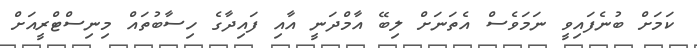
ކަމަށް ބުނެފައިވީ ނަމަވެސް އެތަނަށް ލިބޭ އާމްދަނީ އާއި ފައިދާގެ ހިސާބުތައް މިނިސްޓްރީއަށް